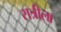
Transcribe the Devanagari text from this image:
रात्रीला